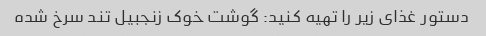
دستور غذای زیر را تهیه کنید: گوشت خوک زنجبیل تند سرخ شده